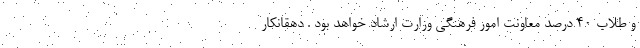
و طلاب ۴۰ درصد معاونت امور فرهنگی وزارت ارشاد خواهد بود . دهقانکار